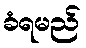
ခံရမည်